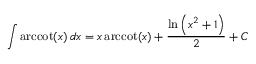
\int \operatorname { a r c c o t } ( x ) \, d x = x \operatorname { a r c c o t } ( x ) + { \frac { \ln \left( x ^ { 2 } + 1 \right) } { 2 } } + C